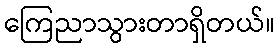
ကြေညာသွားတာရှိတယ်။